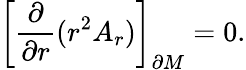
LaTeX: {\left[{\frac{\partial}{\partial r}}(r^{2}A_{r})\right]}_{\partial M}=0.